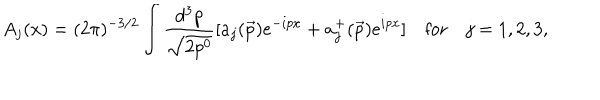
A _ { j } ( x ) = ( 2 \pi ) ^ { - 3 / 2 } \int \frac { d ^ { 3 } p } { \sqrt { 2 p ^ { 0 } } } [ a _ { j } ( \vec { p } ) e ^ { - i p x } + a _ { j } ^ { + } ( \vec { p } ) e ^ { i p x } ] \quad \mathrm { f o r } \quad j = 1 , 2 , 3 ,